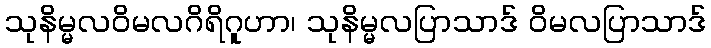
သုနိမ္မလဝိမလဂိရိဂူဟာ၊ သုနိမ္မလပြာသာဒ် ဝိမလပြာသာဒ်